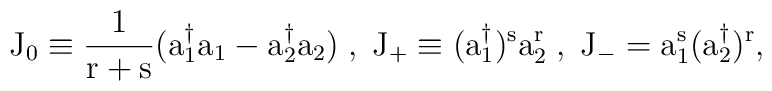
\rm J_0 \equiv \frac{1}{r+s} (a_1^{\dagger} a_1-a_2^{\dagger} a_2)\; ,\; \rm J_+ \equiv (a_1^{\dagger})^s a_2^r \; , \; \rm J_- = a_1^s(a_2^{\dagger})^r,